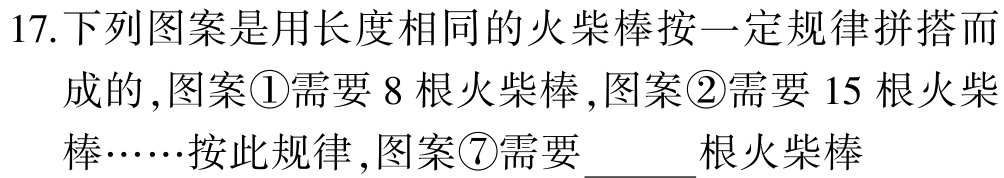
17.下列图案是用长度相同的火柴棒按一定规律拼搭而成的,图案\textcircled{1}需要 8 根火柴棒,图案\textcircled{2}需要 15 根火柴棒……按此规律,图案\textcircled{7}需要$\underline{\qquad}$根火柴棒